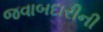
જવાબદારીની